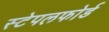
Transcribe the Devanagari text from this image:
स्टेपलफोर्ड